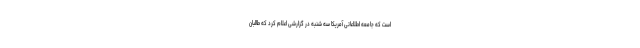
است که جامعه اطلاعاتی آمریکا سه شنبه در گزارشی اعلام کرد که طالبان